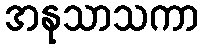
အနုသာသကာ